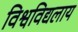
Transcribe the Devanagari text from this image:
विश्वविद्यलाय